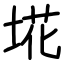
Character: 埖